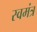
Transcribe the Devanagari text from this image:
स्वमंत्र